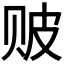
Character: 𬥶